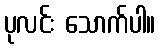
ပုလင်း သောက်ပါ။